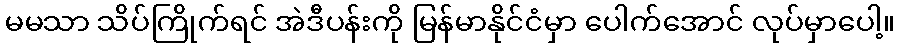
မမသာ သိပ်ကြိုက်ရင် အဲဒီပန်းကို မြန်မာနိုင်ငံမှာ ပေါက်အောင် လုပ်မှာပေါ့။